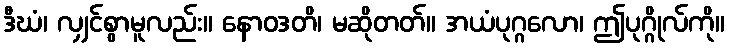
ဒီဃံ၊ လျှင်စွာမူလည်း။ နောဝဒတိ၊ မဆိုတတ်။ အယံပုဂ္ဂလော၊ ဤပုဂ္ဂိုလ်ကို။